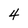
Character: 4